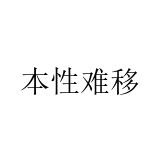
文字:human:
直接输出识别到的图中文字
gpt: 本性难移